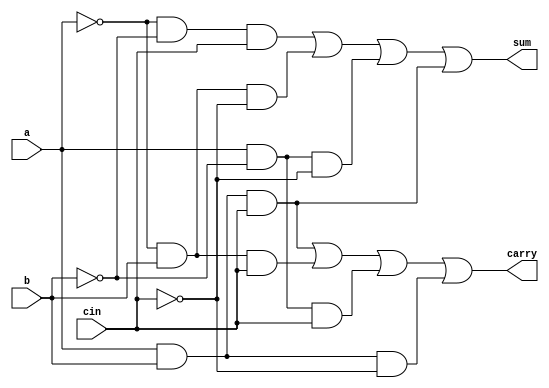
module fulladder(a,b,cin,sum,carry);
input a,b,cin;
output sum,carry;
wire a1,b2,cin3,y1,y2,y3,y4;
not N1(a1,a);
not N2(b1,b);
not N3(cin1,cin);
and A1(y1,a1,b1,cin);
and A2(y2,a1,b,cin1);
and A3(y3,a,b1,cin1);
and A4(y4,a,b,cin);
and A5(y5,a1,b,cin);
and A6(y6,a,b1,cin);
and A7(y7,a,b,cin1);
or O1(sum,y1,y2,y3,y4);
or O2(carry,y4,y5,y6,y7);
endmodule